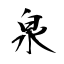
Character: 泉